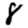
Digit: 8